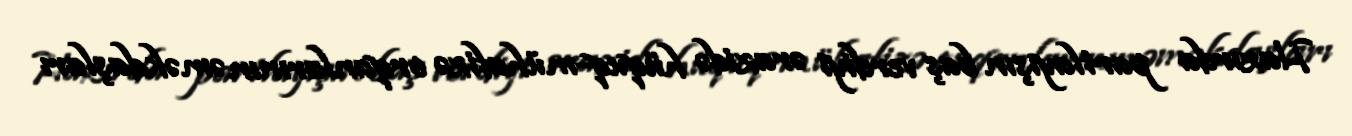
Hazırda partlayışın baş verdiyi ərazidə hüquq-mühafizə orqanlarının əməkdaşları